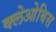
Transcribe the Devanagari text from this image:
क्लेओबिस